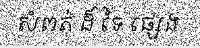
សំពត់ ដ៏ ទៃ ផ្សេង